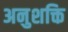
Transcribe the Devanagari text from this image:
अनुशक्ति